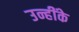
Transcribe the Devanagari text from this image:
उन्हींके